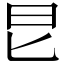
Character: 㫐